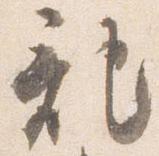
記